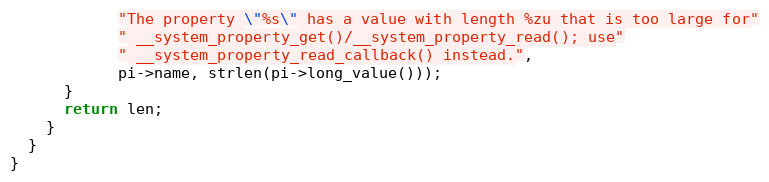
Language: C++
            "The property \"%s\" has a value with length %zu that is too large for"
            " __system_property_get()/__system_property_read(); use"
            " __system_property_read_callback() instead.",
            pi->name, strlen(pi->long_value()));
      }
      return len;
    }
  }
}